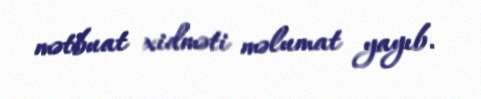
mətbuat xidməti məlumat yayıb.